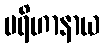
ပရိဟာနာယ